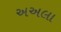
અઅલા